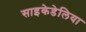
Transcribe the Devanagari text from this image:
साइकेडेलिया